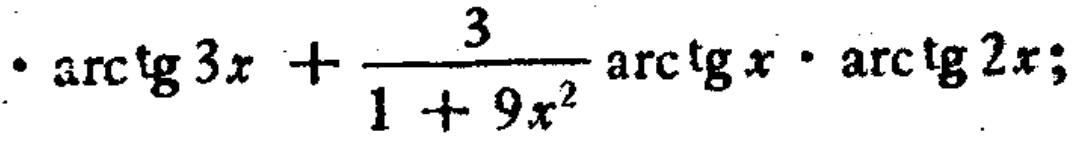
$\cdot\arctan3x+\frac{3}{1 + 9x^{2}}\arctan x\cdot\arctan2x;$